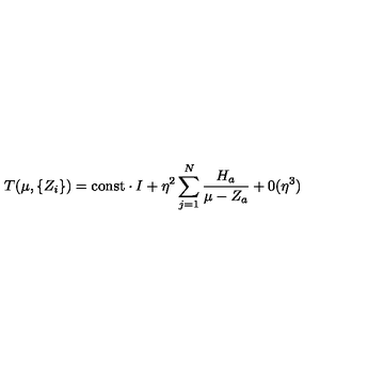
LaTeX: T ( \mu , \{ Z _ { i } \} ) = { \mathrm { c o n s t } } \cdot I + \eta ^ { 2 } \sum _ { j = 1 } ^ { N } \frac { H _ { a } } { \mu - Z _ { a } } + 0 ( \eta ^ { 3 } )